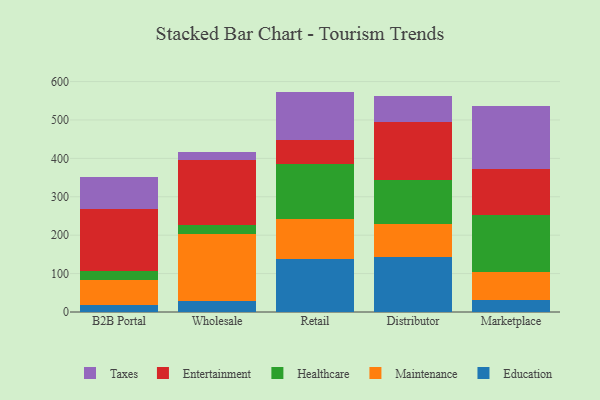
{"axis": {"x": "Channel", "y": "Shipments"}, "legend": ["Education", "Entertainment", "Healthcare", "Maintenance", "Taxes"], "data": [{"x": "B2B Portal", "y": 17.6, "type": "Education"}, {"x": "B2B Portal", "y": 66.1, "type": "Maintenance"}, {"x": "B2B Portal", "y": 22.7, "type": "Healthcare"}, {"x": "B2B Portal", "y": 161.7, "type": "Entertainment"}, {"x": "B2B Portal", "y": 84.6, "type": "Taxes"}, {"x": "Wholesale", "y": 28.9, "type": "Education"}, {"x": "Wholesale", "y": 174.9, "type": "Maintenance"}, {"x": "Wholesale", "y": 21.8, "type": "Healthcare"}, {"x": "Wholesale", "y": 171.0, "type": "Entertainment"}, {"x": "Wholesale", "y": 20.9, "type": "Taxes"}, {"x": "Retail", "y": 137.6, "type": "Education"}, {"x": "Retail", "y": 104.0, "type": "Maintenance"}, {"x": "Retail", "y": 142.5, "type": "Healthcare"}, {"x": "Retail", "y": 62.6, "type": "Entertainment"}, {"x": "Retail", "y": 127.1, "type": "Taxes"}, {"x": "Distributor", "y": 144.1, "type": "Education"}, {"x": "Distributor", "y": 83.8, "type": "Maintenance"}, {"x": "Distributor", "y": 116.0, "type": "Healthcare"}, {"x": "Distributor", "y": 151.8, "type": "Entertainment"}, {"x": "Distributor", "y": 66.4, "type": "Taxes"}, {"x": "Marketplace", "y": 30.3, "type": "Education"}, {"x": "Marketplace", "y": 73.0, "type": "Maintenance"}, {"x": "Marketplace", "y": 148.8, "type": "Healthcare"}, {"x": "Marketplace", "y": 119.1, "type": "Entertainment"}, {"x": "Marketplace", "y": 165.0, "type": "Taxes"}]}